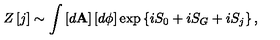
Z \left[ j \right] \sim \int \left[ d \mathbf { A } \right] \left[ d \phi \right] \exp \left\{ i S _ { 0 } + i S _ { G } + i S _ { j } \right\} ,